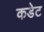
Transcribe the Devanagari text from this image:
कडेट